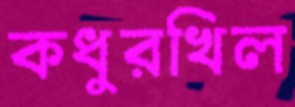
কধুরখিল